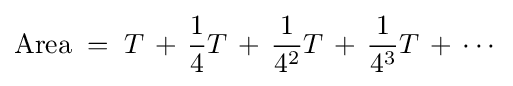
{\text{Area}}\;=\;T\,+\,{\frac {1}{4}}T\,+\,{\frac {1}{4^{2}}}T\,+\,{\frac {1}{4^{3}}}T\,+\,\cdots